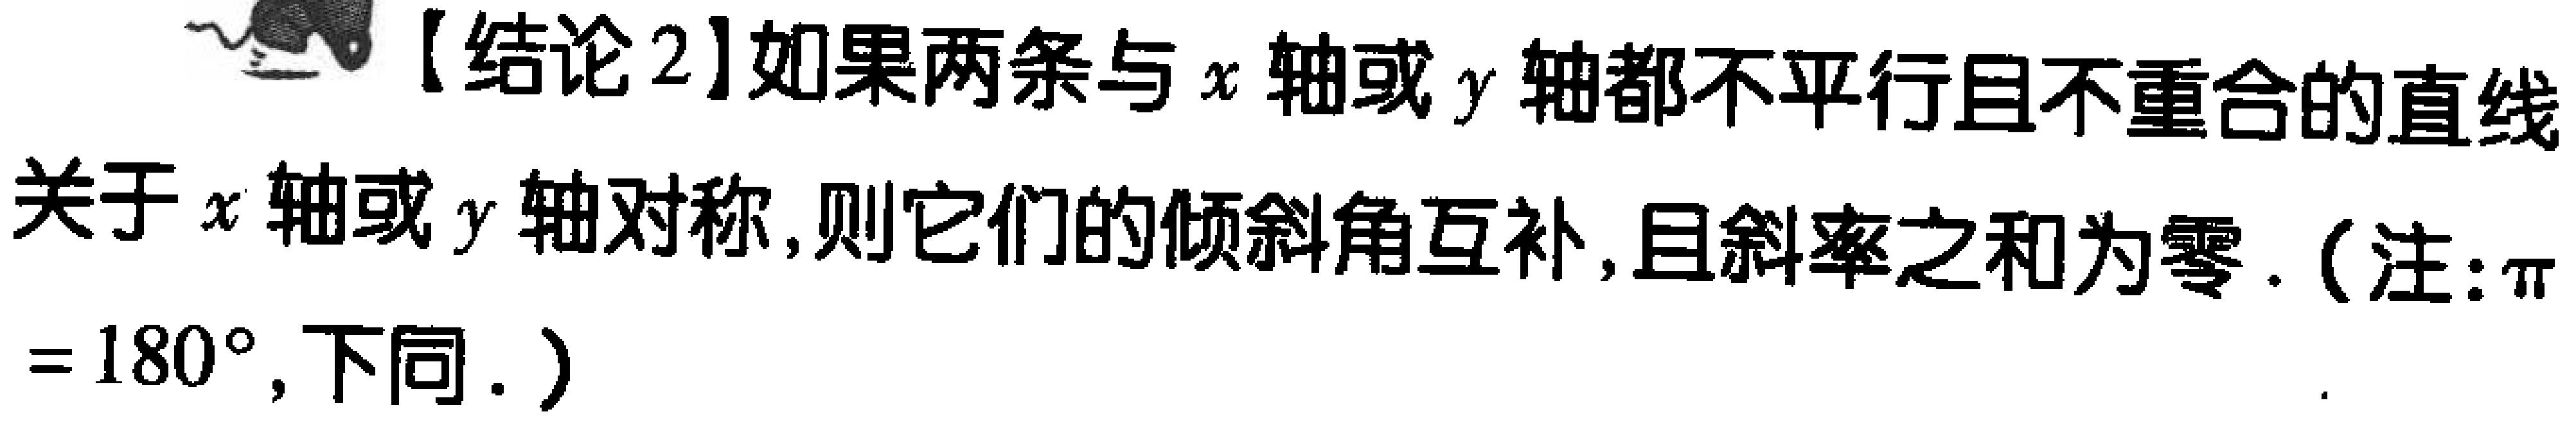
【结论2】如果两条与\(x\)轴或\(y\)轴都不平行且不重合的直线关于\(x\)轴或\(y\)轴对称，则它们的倾斜角互补，且斜率之和为零.（注：\(\pi = 180^{\circ}\)，下同.）